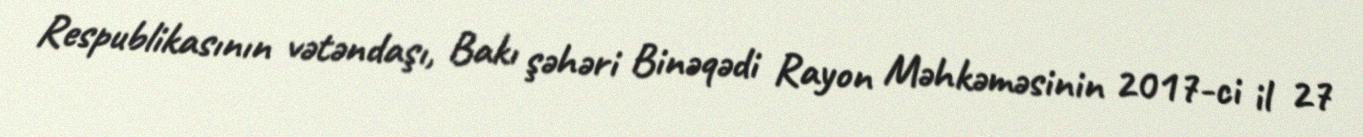
Respublikasının vətəndaşı, Bakı şəhəri Binəqədi Rayon Məhkəməsinin 2017-ci il 27